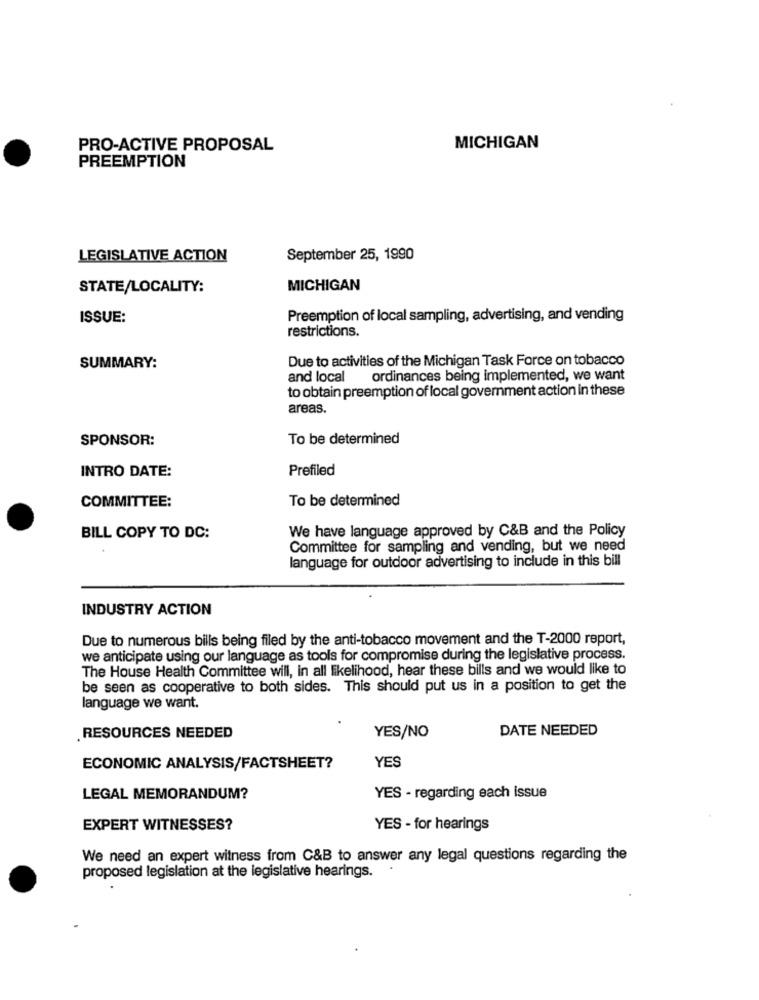
PRO-ACTIVE PROPOSAL
MICHIGAN
PREEMPTION
LEGISLATIVE ACTION
September 25, 1990
STATE/LOCALITY:
MICHIGAN
ISSUE:
Preemption of local sampling, advertising, and vending
restrictions.
Due to activities of the Michigan Task Force on tobacco
SUMMARY:
and local
ordinances being implemented, we want
to obtain preemption of local government action in these
areas.
SPONSOR:
To be determined
INTRO DATE:
Prefiled
To be determined
COMMITTEE:
BILL COPY TO DC:
We have language approved by C&B and the Policy
Committee for sampling and vending, but we need
language for outdoor advertising to include in this bill
INDUSTRY ACTION
Due to numerous bills being filed by the anti-tobacco movement and the T-2000 report,
we anticipate using our language as tools for compromise during the legislative process.
The House Health Committee will, in all likelihood, hear these bills and we would like to
be seen as cooperative to both sides. This should put us in a position to get the
language we want.
DATE NEEDED
. RESOURCES NEEDED
YES/NO
ECONOMIC ANALYSIS/FACTSHEET?
YES
LEGAL MEMORANDUM?
YES - regarding each issue
EXPERT WITNESSES?
YES - for hearings
We need an expert witness from C&B to answer any legal questions regarding the
proposed legislation at the legislative hearings.